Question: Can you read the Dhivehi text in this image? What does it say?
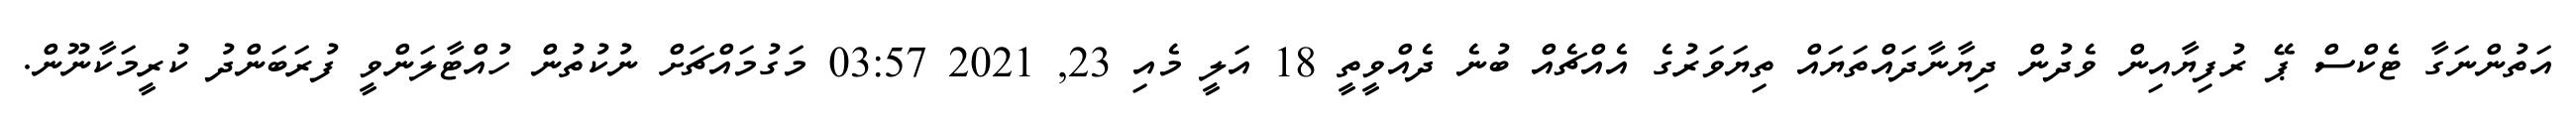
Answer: އަތުންނަގާ ޓެކްސް ޕޭ ރުފިޔާއިން ވެދުން ދިޔާނާދައްތަޔައް ތިޔަވަރުގެ އެއްޗެއް ބުނެ ދެއްވީތީ 18 އަލީ މެއި 23, 2021 03:57 މަގުމައްޗަށް ނުކުތުން ހުއްޓާލަންވީ ފުރަބަންދު ކުރީމަކާނޫން.